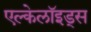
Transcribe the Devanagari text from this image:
एल्केलॉइड्स